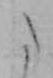
た